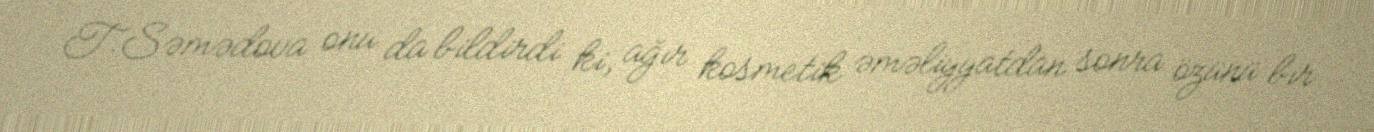
T.Səmədova onu da bildirdi ki, ağır kosmetik əməliyyatdan sonra özünü bir